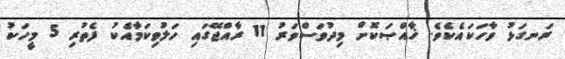
ރަނގަޅު ވާހަކައެކެވެ. ޚާއްޞަކޮށް މިދުވަސްވަރު 11 ރާއްޖޭގައި ހަލުވިކަމާއެކު ފެތުރި 5 މީހަކު